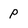
Character: p